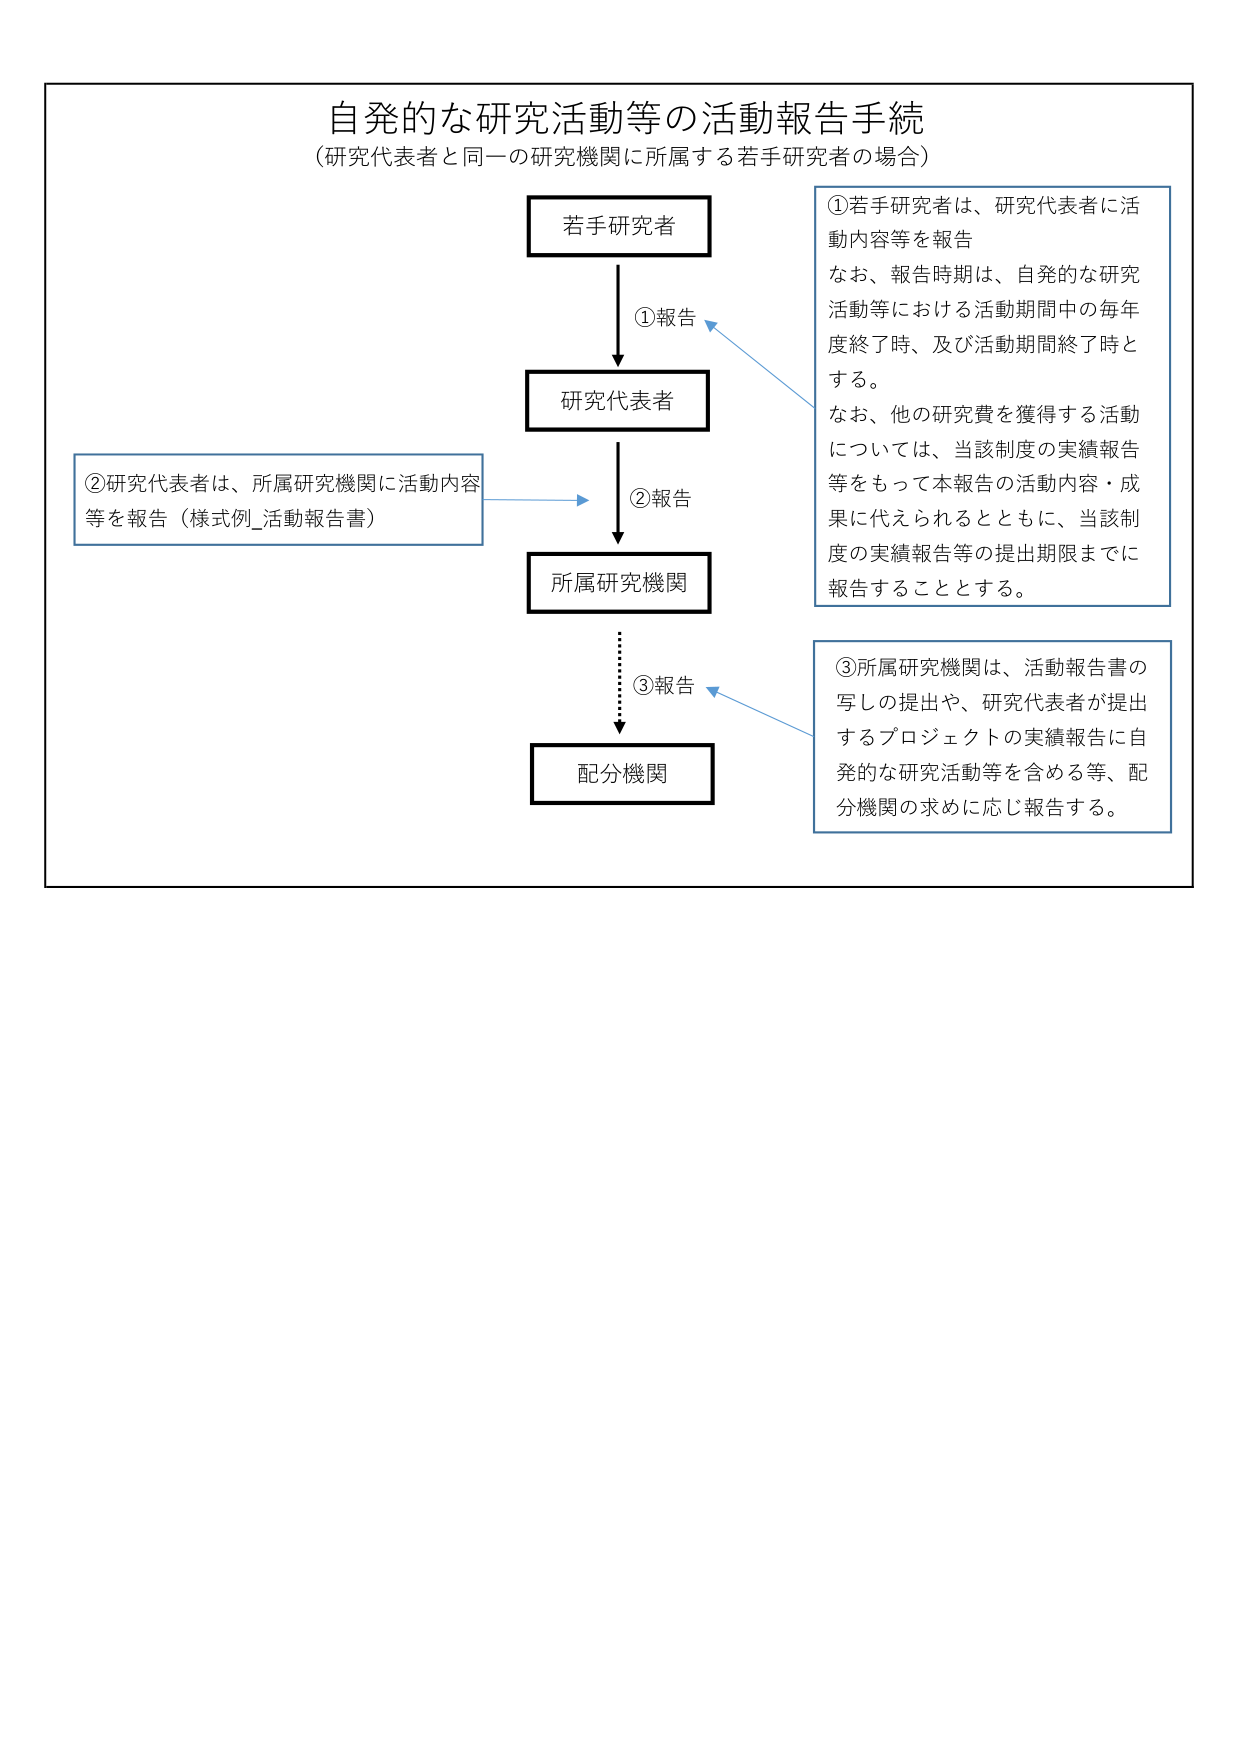
自発的な研究活動等の活動報告手続
（研究代表者と同一の研究機関に所属する若手研究者の場合）

若手研究者
①報告
研究代表者
②報告
所属研究機関
③報告
配分機関

①若手研究者は、研究代表者に活動内容等を報告
なお、報告時期は、自発的な研究活動等における活動期間中の毎年度終了時、及び活動期間終了時とする。
なお、他の研究費を獲得する活動については、当該制度の実績報告等をもって本報告の活動内容・成果に代えられるとともに、当該制度の実績報告等の提出期限までに報告することとする。

②研究代表者は、所属研究機関に活動内容等を報告（様式例_活動報告書）

③所属研究機関は、活動報告書の写しの提出や、研究代表者が提出するプロジェクトの実績報告に自発的な研究活動等を含める等、配分機関の求めに応じ報告する。